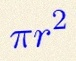
\pi r^2